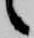
々